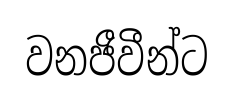
වනජීවීන්ට